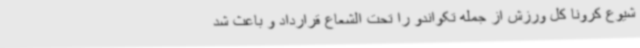
شیوع کرونا کل ورزش از جمله تکواندو را تحت الشعاع قرارداد و باعث شد